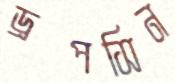
ড্রপসিন